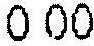
0.00